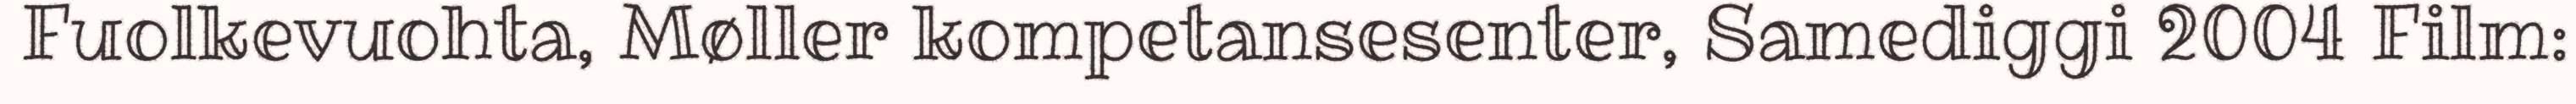
Fuolkevuohta, Møller kompetansesenter, Samediggi 2004 Film: